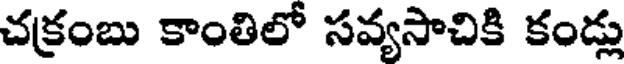
చక్రంబు కాంతిలో సవ్యసాచికి కండ్లు